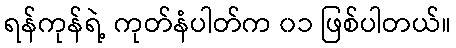
ရန်ကုန်ရဲ့ ကုတ်နံပါတ်က ၀၁ ဖြစ်ပါတယ်။